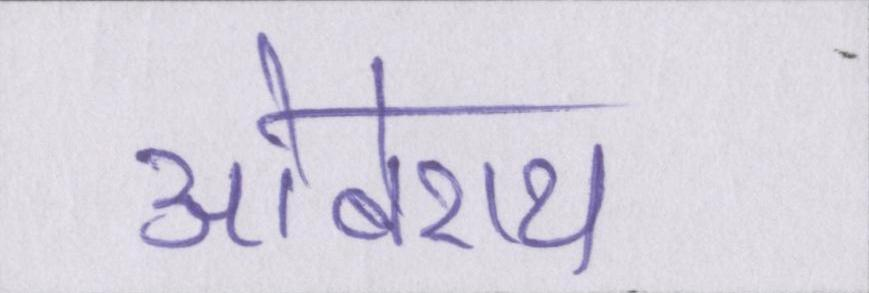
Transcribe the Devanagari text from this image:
ओबेराय